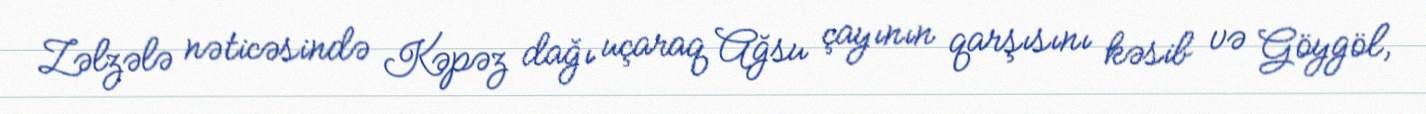
Zəlzələ nəticəsində Kəpəz dağı uçaraq Ağsu çayının qarşısını kəsib və Göygöl,